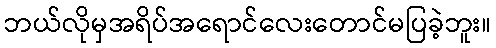
ဘယ်လိုမှအရိပ်အရောင်လေးတောင်မပြခဲ့ဘူး။